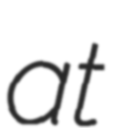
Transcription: at